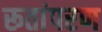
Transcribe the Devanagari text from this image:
रूतांपरण